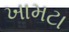
ખામટા